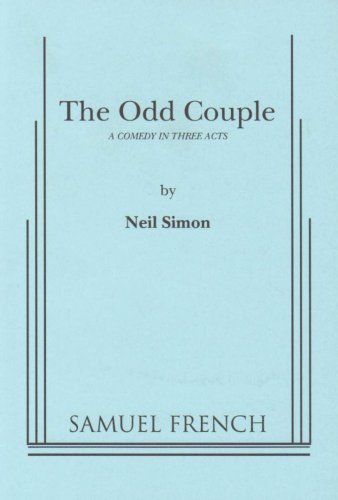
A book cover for The Odd Couple: A Comedy in Three Acts; Neil Simon; Literature & Fiction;